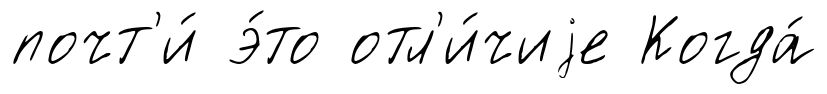
почт'и́ э́то отл'и́чиjе Когда́